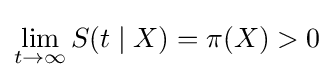
\lim _{t\to \infty }S(t\mid X)=\pi (X)>0